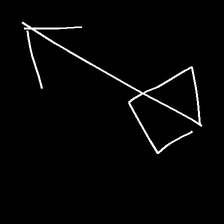
Glyph: focus